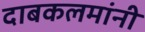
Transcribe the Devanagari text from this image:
दाबकलमांनी